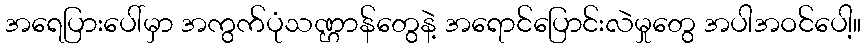
အရေပြားပေါ်မှာ အကွက်ပုံသဏ္ဌာန်တွေနဲ့ အရောင်ပြောင်းလဲမှုတွေ အပါအဝင်ပေါ့။